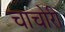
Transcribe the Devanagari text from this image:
चाचोरी